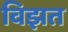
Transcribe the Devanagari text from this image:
विझत